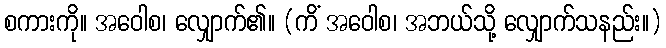
စကားကို။ အဝေါစ၊ လျှောက်၏။ (ကိံ အဝေါစ၊ အဘယ်သို့ လျှောက်သနည်း။)